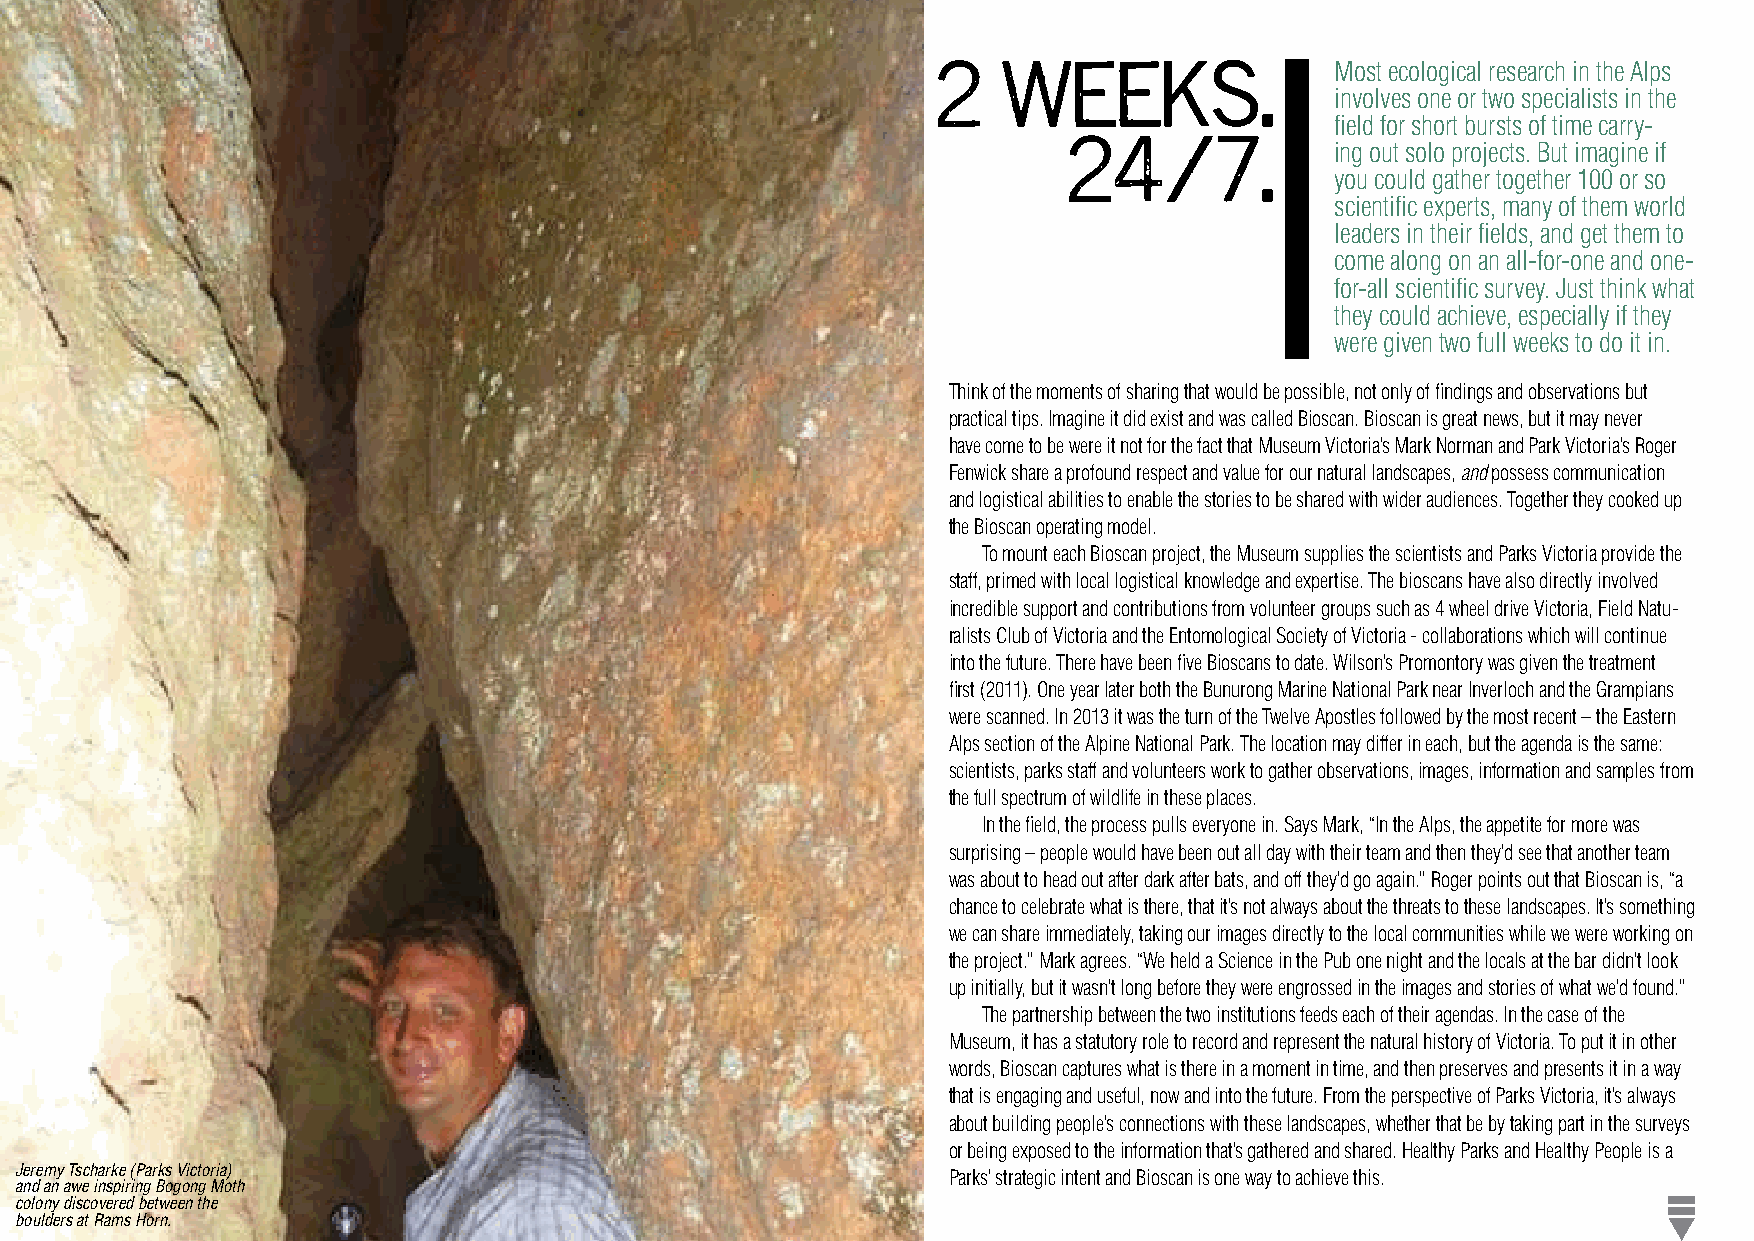
Most ecological research in the Alps
 2   weeks.
 involves one or two specialists in the
 field for short bursts of time carry-
 ing out solo projects. But imagine if
 24/7.
 you could gather together 100 or so
 scientific experts, many of them world
 leaders in their fields, and get them to
 come along on an all-for-one and one-
 for-all scientific survey. Just think what
 they could achieve, especially if they
 were given two full weeks to do it in.
 Think of the moments of sharing that would be possible, not only of findings and observations but
 practical tips. Imagine it did exist and was called Bioscan. Bioscan is great news, but it may never
 have come to be were it not for the fact that Museum Victoria’s Mark Norman and Park Victoria’s Roger
 Fenwick share a profound respect and value for our natural landscapes, and possess communication
 and logistical abilities to enable the stories to be shared with wider audiences. Together they cooked up
 the Bioscan operating model.
 To mount each Bioscan project, the Museum supplies the scientists and Parks Victoria provide the
 staff, primed with local logistical knowledge and expertise. The bioscans have also directly involved
 incredible support and contributions from volunteer groups such as 4 wheel drive Victoria, Field Natu-
 ralists Club of Victoria and the Entomological Society of Victoria - collaborations which will continue
 into the future. There have been five Bioscans to date. Wilson’s Promontory was given the treatment
 first (2011). One year later both the Bunurong Marine National Park near Inverloch and the Grampians
 were scanned. In 2013 it was the turn of the Twelve Apostles followed by the most recent – the Eastern
 Alps section of the Alpine National Park. The location may differ in each, but the agenda is the same:
 scientists, parks staff and volunteers work to gather observations, images, information and samples from
 the full spectrum of wildlife in these places.
 In the field, the process pulls everyone in. Says Mark, “In the Alps, the appetite for more was
 surprising – people would have been out all day with their team and then they’d see that another team
 was about to head out after dark after bats, and off they’d go again.” Roger points out that Bioscan is, “a
 chance to celebrate what is there, that it’s not always about the threats to these landscapes. It’s something
 we can share immediately, taking our images directly to the local communities while we were working on
 the project.” Mark agrees. “We held a Science in the Pub one night and the locals at the bar didn’t look
 up initially, but it wasn’t long before they were engrossed in the images and stories of what we’d found.”
 The partnership between the two institutions feeds each of their agendas. In the case of the
 Museum, it has a statutory role to record and represent the natural history of Victoria. To put it in other
 words, Bioscan captures what is there in a moment in time, and then preserves and presents it in a way
 that is engaging and useful, now and into the future. From the perspective of Parks Victoria, it’s always
 about building people’s connections with these landscapes, whether that be by taking part in the surveys
 or being exposed to the information that’s gathered and shared. Healthy Parks and Healthy People is a
 Jeremy Tscharke (Parks Victoria)                              Parks’ strategic intent and Bioscan is one way to achieve this.
 and an awe inspiring Bogong Moth
 colony discovered between the
 boulders at Rams Horn.